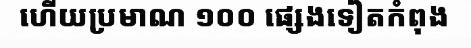
ហើយប្រមាណ ១០០ ផ្សេងទៀតកំពុង